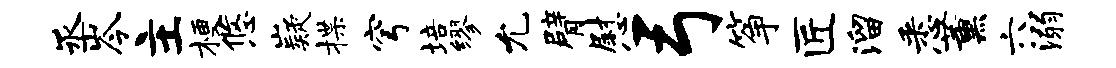
丞岑主梗悠嶷揲穹培缪允臂慰弓筝匠溜悉薰六溺